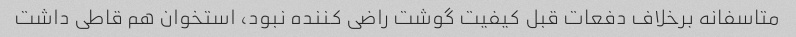
متاسفانه برخلاف دفعات قبل کیفیت گوشت راضی کننده نبود، استخوان هم قاطی داشت